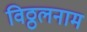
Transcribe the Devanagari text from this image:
विठ्ठलनाम